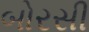
બોરસી